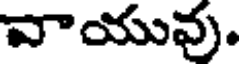
వాయువు.